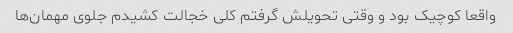
واقعا کوچیک بود و وقتی تحویلش گرفتم کلی خجالت کشیدم جلوی مهمان‌ها